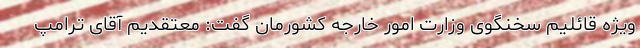
ویژه قائلیم سخنگوی وزارت امور خارجه کشورمان گفت: معتقدیم آقای ترامپ